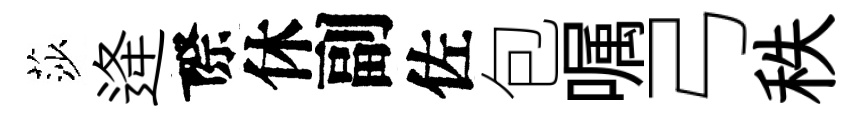
莎逄際休副佐包嘱弓秩